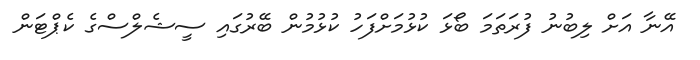
އޭނާ އަށް ލިބުނު ފުރަތަމަ ބޯޅަ ކުޅުމަށްފަހު ކުޅުމުން ބޭރުގައި ސީޝެލްސްގެ ކެޕްޓަން